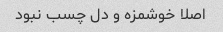
اصلا خوشمزه و دل چسب نبود